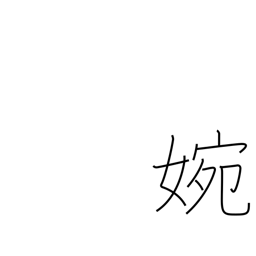
Meaning: graceful